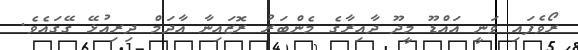
ރޯވެފައި ވަނީ އައްޑޫ މީދޫ ދާއިރާގެ މެންބަރު ރޮޒައިނާ އާދަމް ދިރިއުޅޭ ގޭގައެވެ.